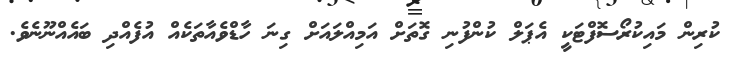
ކުރިން މައިކުރޯސޮފްޓަކީ އެޕަލް ކުންފުނި ގޮތަށް އަމިއްލައަށް ގިނަ ހާޑްވެއާތަކެއް އުފެއްދި ބައެއްނޫނެވެ.